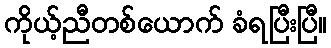
ကိုယ့်ညီတစ်ယောက် ခံရပြီးပြီ။